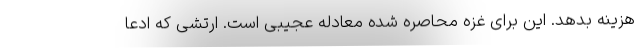
هزینه بدهد. این برای غزه محاصره شده معادله عجیبی است. ارتشی که ادعا